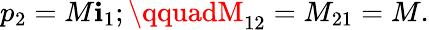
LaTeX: p_{2}=M\mathbf{i}_{1};\qquadM_{12}=M_{21}=M.